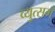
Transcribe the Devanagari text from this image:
व्युत्सगँ